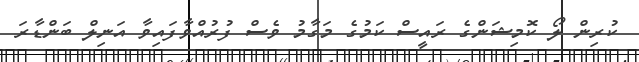
ކުރިން ލޯ ކޮމިޝަންގެ ރައީސް ކަމުގެ މަގާމު ވެސް ފުރުއްވާފައިވާ އަނިލް ބަންޑާރަ